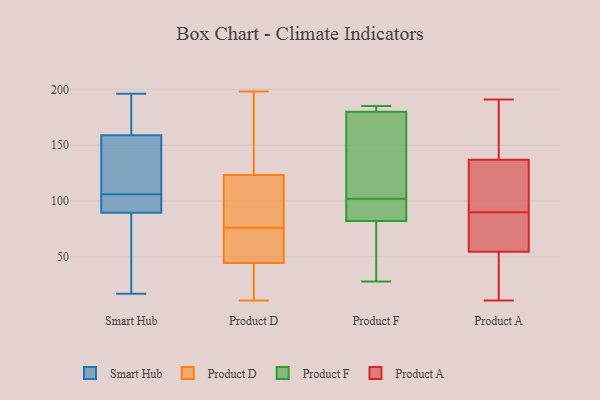
{"axis": {"x": "Headcount", "y": "Value"}, "legend": ["Product A", "Product D", "Product F", "Smart Hub"], "data": [{"x": "", "y": 196, "type": "Smart Hub"}, {"x": "", "y": 152, "type": "Smart Hub"}, {"x": "", "y": 106, "type": "Smart Hub"}, {"x": "", "y": 17, "type": "Smart Hub"}, {"x": "", "y": 101, "type": "Smart Hub"}, {"x": "", "y": 166, "type": "Smart Hub"}, {"x": "", "y": 147, "type": "Smart Hub"}, {"x": "", "y": 52, "type": "Smart Hub"}, {"x": "", "y": 106, "type": "Smart Hub"}, {"x": "", "y": 188, "type": "Smart Hub"}, {"x": "", "y": 88, "type": "Smart Hub"}, {"x": "", "y": 91, "type": "Smart Hub"}, {"x": "", "y": 76, "type": "Product D"}, {"x": "", "y": 11, "type": "Product D"}, {"x": "", "y": 64, "type": "Product D"}, {"x": "", "y": 34, "type": "Product D"}, {"x": "", "y": 13, "type": "Product D"}, {"x": "", "y": 108, "type": "Product D"}, {"x": "", "y": 177, "type": "Product D"}, {"x": "", "y": 124, "type": "Product D"}, {"x": "", "y": 48, "type": "Product D"}, {"x": "", "y": 198, "type": "Product D"}, {"x": "", "y": 70, "type": "Product D"}, {"x": "", "y": 123, "type": "Product D"}, {"x": "", "y": 119, "type": "Product D"}, {"x": "", "y": 183, "type": "Product F"}, {"x": "", "y": 83, "type": "Product F"}, {"x": "", "y": 85, "type": "Product F"}, {"x": "", "y": 28, "type": "Product F"}, {"x": "", "y": 185, "type": "Product F"}, {"x": "", "y": 120, "type": "Product F"}, {"x": "", "y": 94, "type": "Product F"}, {"x": "", "y": 180, "type": "Product F"}, {"x": "", "y": 181, "type": "Product F"}, {"x": "", "y": 155, "type": "Product F"}, {"x": "", "y": 110, "type": "Product F"}, {"x": "", "y": 58, "type": "Product F"}, {"x": "", "y": 29, "type": "Product F"}, {"x": "", "y": 82, "type": "Product F"}, {"x": "", "y": 110, "type": "Product A"}, {"x": "", "y": 185, "type": "Product A"}, {"x": "", "y": 11, "type": "Product A"}, {"x": "", "y": 191, "type": "Product A"}, {"x": "", "y": 69, "type": "Product A"}, {"x": "", "y": 122, "type": "Product A"}, {"x": "", "y": 78, "type": "Product A"}, {"x": "", "y": 50, "type": "Product A"}, {"x": "", "y": 50, "type": "Product A"}, {"x": "", "y": 56, "type": "Product A"}, {"x": "", "y": 60, "type": "Product A"}, {"x": "", "y": 158, "type": "Product A"}, {"x": "", "y": 108, "type": "Product A"}, {"x": "", "y": 152, "type": "Product A"}, {"x": "", "y": 103, "type": "Product A"}, {"x": "", "y": 89, "type": "Product A"}, {"x": "", "y": 42, "type": "Product A"}, {"x": "", "y": 91, "type": "Product A"}, {"x": "", "y": 53, "type": "Product A"}, {"x": "", "y": 166, "type": "Product A"}]}